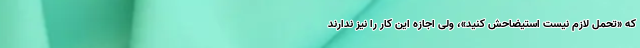
که «تحمل لازم نیست استیضاحش کنید»، ولی اجازه این کار را نیز ندارند